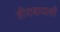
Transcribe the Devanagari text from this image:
हीराबायाशी